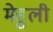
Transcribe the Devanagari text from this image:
मेहुली